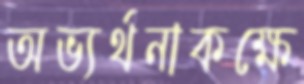
অভ্যর্থনাকক্ষে